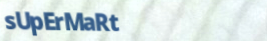
sUpErMaRt